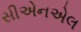
સીએનએલ